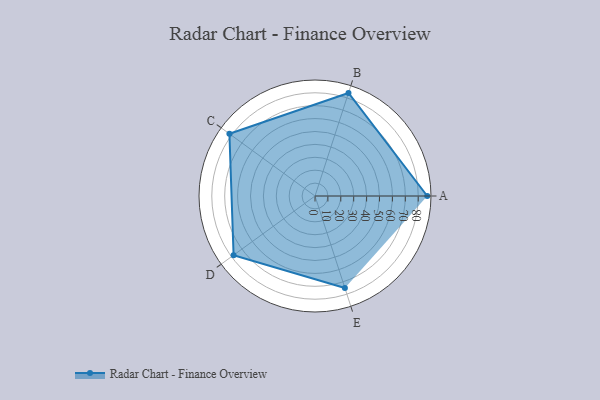
{"axis": {"x": "Skill", "y": "Score"}, "legend": ["Profile"], "data": [{"x": "A", "y": 87.0, "type": "Profile"}, {"x": "B", "y": 84.0, "type": "Profile"}, {"x": "C", "y": 82.0, "type": "Profile"}, {"x": "D", "y": 78.0, "type": "Profile"}, {"x": "E", "y": 75.0, "type": "Profile"}]}